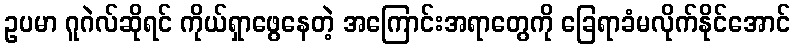
ဥပမာ ဂူဂဲလ်ဆိုရင် ကိုယ်ရှာဖွေနေတဲ့ အကြောင်းအရာတွေကို ခြေရာခံမလိုက်နိုင်အောင်